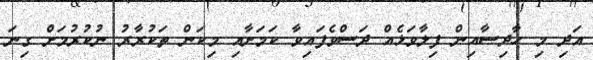
އަދި މި ހާދިސާއިން ފިލާވަޅެއް ދަސްވެފައިވާ ކަމަށާއި މިކަން ތަކުރާރު ނުކުރުމަށް ގިނަ